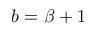
b = \beta + 1